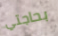
بحاجتي